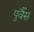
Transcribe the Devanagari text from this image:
पुर्वैस